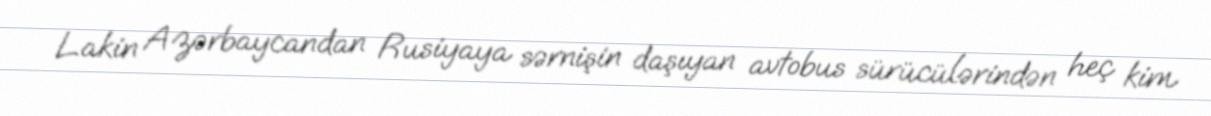
Lakin Azərbaycandan Rusiyaya sərnişin daşıyan avtobus sürücülərindən heç kim